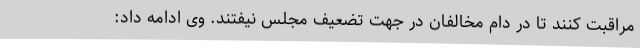
مراقبت کنند تا در دام مخالفان در جهت تضعیف مجلس نیفتند. وی ادامه داد: